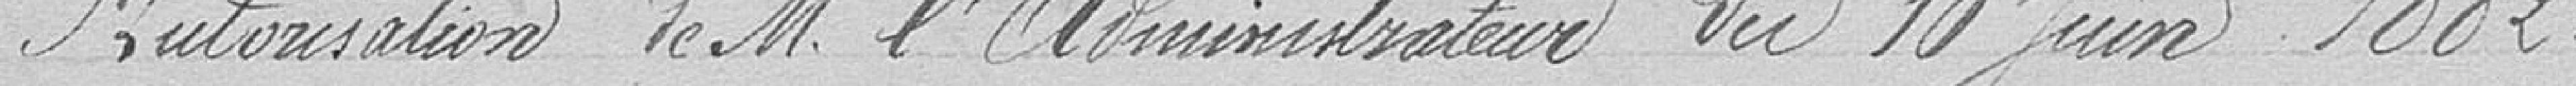
Autorisation de M. l'administrateur du 10 Juin 1882